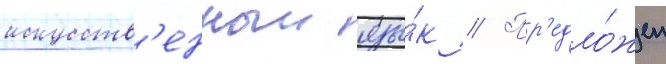
искусств'енныи язы́к // Пр'едло́жен